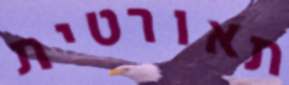
תאורטית